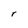
Character: r